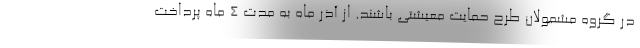
در گروه مشمولان طرح حمایت معیشتی باشند. از آذر ماه به مدت ۴ ماه پرداخت